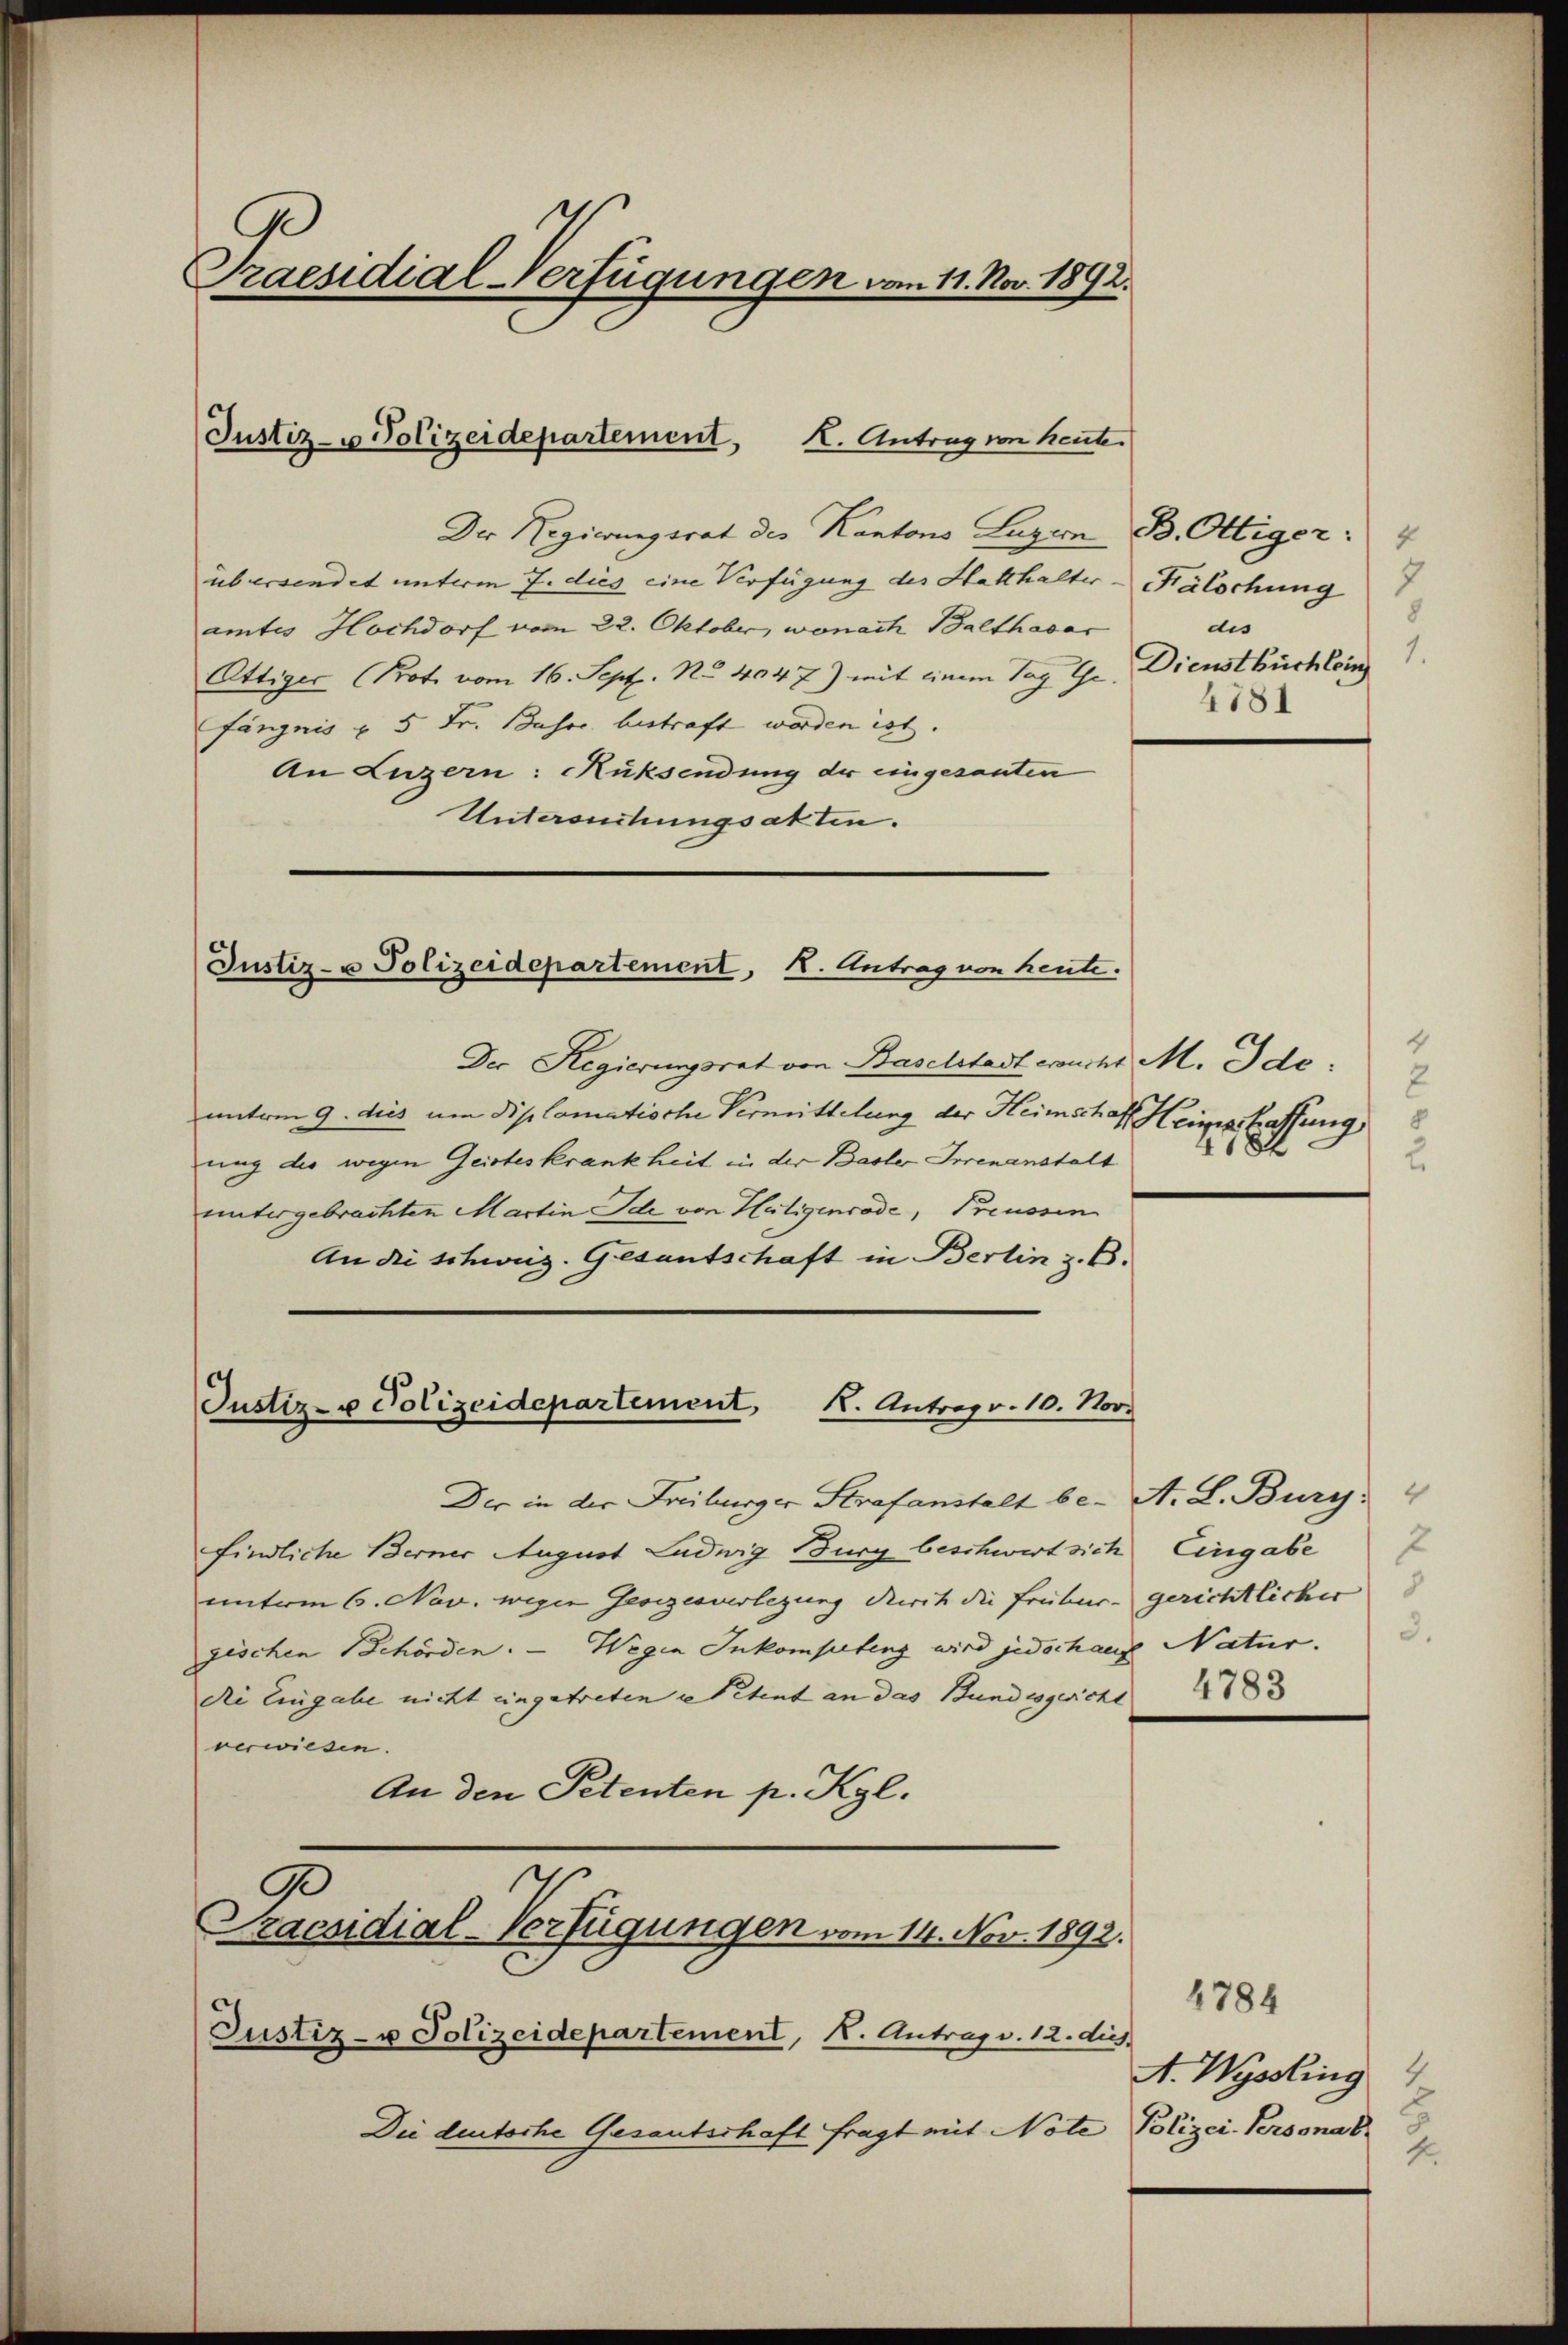
Praesidial-Verfügungen vom 11. Nov. 1892.

Justiz- u Polizeidepartement, K. Antrag von heute.

Der Regierungsrat des Kantons Luzern
übersendet unterm 7. dies eine Verfügung des Statthalter-Kälschung
amtes Hochdorf vom 22. Oktober, wonach Balthasar
Ottiger (Prot. vom 16. Sept. No 4047) mit einem Tag Gefängnis u. 5 Fr. Basse bestraft worden ist.
An Luzern: Rüksendung der eingesanten
Untersuchungsakten.

Justiz- u Polizeidepartement, K. Antrag von heute.

Justiz- u Polizeidepartement, K. Antrag. 10. Nov.

Der Regierungsrat von Baselstadt ersucht M. Ide
unterm 9. dies um diplomatische Vermittelung der Heimschaft Heimatlassung
ung die wegen Geisteskrankheit in der Basler Irrenanstalt
untergebrachten Martin Ide von Hütigencode, Preussen
An die schweiz. Gesantschaft in Berlin z. B.

Der in der Freiburger Strafanstalt be- A. L. Burg: 4
findliche Berner August Ludwig Burg beschwert sich Eingabe
unterm 6. Nov. wegen Gesezesverlegung durch die Freiburgerichtlicher
zischen Behörden.  Wegen Inkompetenz wird jedoch auf Natur.
die Eingabe nicht eingetreten stetent an das Bundesgericht
verwiesen.
An den Petenten p. Kgl.

Praesidial-Verfügungen vom 14. Nov. 1892.

Justiz- u Polizeidepartement, K. Antrag v. 12. dies
Die deutsche Gesantschaft fragt mit Note Polizei-Personal

B. Ottiger:
4
8
dis
Dienstbüchlein
4781

4
2

2
3.
4783

4784
A. Wyssling
2.